King Institute of Preventive Medicine Micro-Biological Section reports 1912-19
Year: 1912
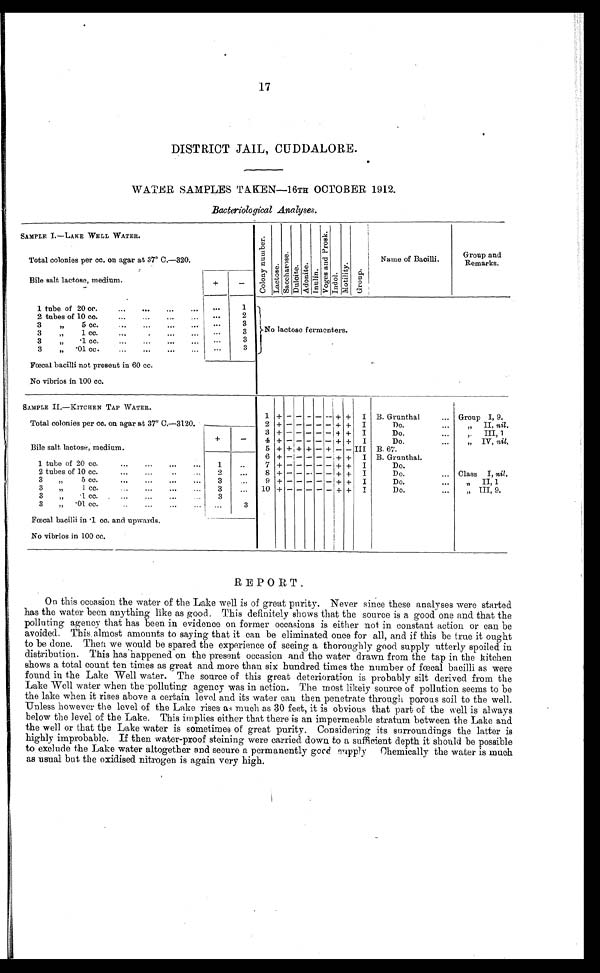
17
DISTRICT JAIL, CUDDALORE.
WATER SAMPLES TAKEN—16TH OCTOBER 1912.
Bacteriological Analyses.
SAMPLE I.—LAKE WELL WATER.
C o l o n y n u m b e r .
L a c t o s e .
S a c c h a r o s e .
D u l c i t e . A d o n i t e .
I n u l i n .
V o g e s a n d P r o s k .
I n d o l . M o t i l i t y .
G r o u p .
Name of Bacilli.
Group and
Remarks.
Total colonies per cc. on agar at 37° C.—320.
Bile salt lactose, medium.
+
-
1 t ube of 20 cc. . . .
. . .
1
No lactose fermenters.
. . .
2
2 tubes of 10 cc. . . .
3 " 5 cc. . . .
. . .
3
3 " 1 cc. . . .
. . .
3
3 " .1 cc. . . .
. . .
3
3 " .01 cc. . . .
. . .
3
Fœcal bacilli not present in 60 cc.
No vibrios in 100 cc.
SAMPLE II—KITCHEN TAP WATER.
1 + - - - -
-
+ + I B. Grunthal . . .
Group I, 9.
Total colonies per cc. on agar at 37° C.-3120.
+
-
2
+ -
- - - - + + I
Do. . . .
" I I ,
n i l
.
3
+ -
- - - - + + I
Do. . . .
" I I I , 1
4 + - - - - - + + I
Do. . . .
" IV, nil,
Bile salt lactose, medium.
5 + + + + - + - - III B. 67.
6 + -
- - - - + + I B. Grunthal.
1
1 t u b e o f 2 0 c c . . . .
7 + - - - - - + + I
Do. . . .
2 tubes of 10 cc. . . .
2
...
8 + - - - - - + + I
Do. . . .
Class I, nil .
3 " 5 c c . . . .
9
+ -
- - - - + + I
Do. . . .
" I I , 1
3 " 1 cc. . . .
3
...
10 + -
- - - - + + I
Do. . . .
" III, 9.
3 " .1 cc. . . .
3
3 " .01 cc. . . .
. . .
3
Fœcal bacilli in .1 cc. and upwards.
No vibrios in 100 cc.
REPORT.
On this occasion the water of the Lake well is of great purity. Never since these analyses were started
has the water been anything like as good. This definitely shows that the source is a good one and that the
polluting agency that has been in evidence on former occasions is either not in constant action or can be
a v o i d e d . T h i s a l m o s t a m o u n t s t o s a y i n g t h a t i t c a n b e e l i m i n a t e d o n c e f o r a l l , a n d i f t h i s b e t r u e i t o u g h t
to be done. Then we would be spared the experience of seeing a thoroughly good supply utterly spoiled in
distribution. This has happened on the present occasion and the water drawn from the tap in the kitchen
shows a total count ten times as great and more than six hundred times the number of fœcal bacilli as were
found in the Lake Well water. The source of this great deterioration is probably silt derived from the
Lake Well water when the polluting agency was in action. The most likely source of pollution seems to be
the lake when it rises above a certain level and its water can then penetrate through porous soil to the well.
Unless however the level of the Lake rises as much as 30 feet, it is obvious that part of the well is always
below the level of the Lake. This implies either that there is an impermeable stratum between the Lake and
the well or that the Lake water is sometimes of great purity. Considering its surroundings the latter is
highly improbable. If then water-proof steining were carried down to a sufficient depth it should be possible
to exclude the Lake water altogether and secure a permanently geed supply Chemically the water is much
as usual but the oxidised nitrogen is again very high.